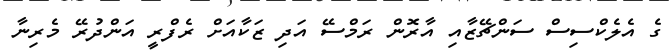
ގެ އެލެކްސިސް ސަންޗޭޒާއި އާރޮން ރަމްސޭ އަދި ޒަކާއަށް ރެފްރީ އަންދުރޭ މެރިނާ